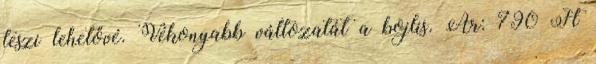
teszi lehetővé. Vékonyabb változatát a bojlis. Ár: 790 Ft